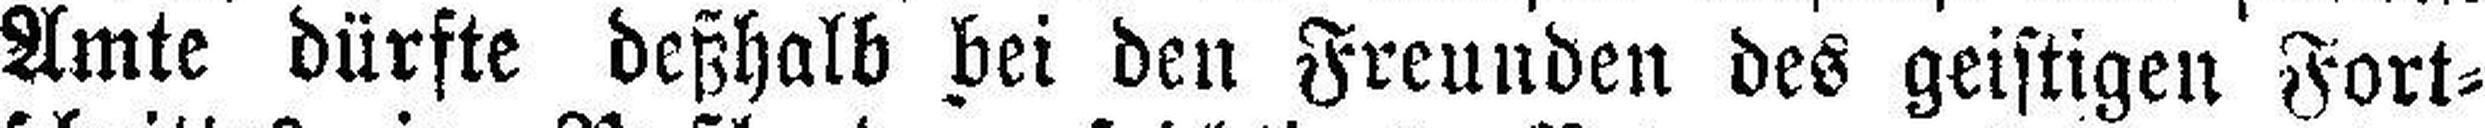
Amte dürfte deßhalb bei den Freunden des geistigen Fort¬